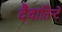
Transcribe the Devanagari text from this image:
दैवातिन्टे